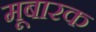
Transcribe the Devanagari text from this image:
मूबारक